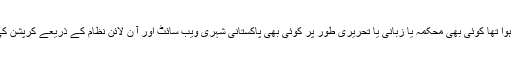
نیب سے چار ہزار مقدمات واپس ہوئے جن پر عمل نہیں ہوا تھا کوئی بھی محکمہ یا زبانی یا تحریری طور پر کوئی بھی پاکستانی شہری ویب سائٹ اور آ ن لائن نظام کے ذریعے کرپشن کی شکایت کرے تو کاروائی عمل میں لائی جا سکتی ہے ۔